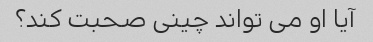
آیا او می تواند چینی صحبت کند؟